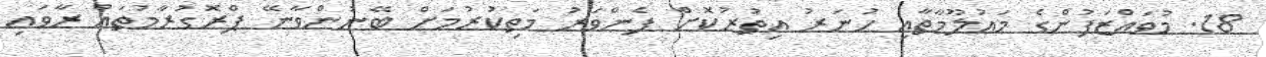
18. މުވައްޒަފުންގެ މަޢުލޫމާތާއި ހުނަރު އިތުރުކޮށް ފެންވަރު މަތިކުރުމަށް ބޭނުންވާނޭ ޕްރޮގުރާމުތައް ރާވައި